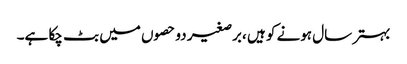
بہتر سال ہونے کو ہیں ،برصغیر دو حصوں میں بٹ چکا ہے۔